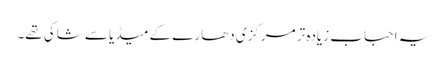
یہ احباب زیادہ تر مرکزی دھارے کے میڈیا سے شاکی تھے۔